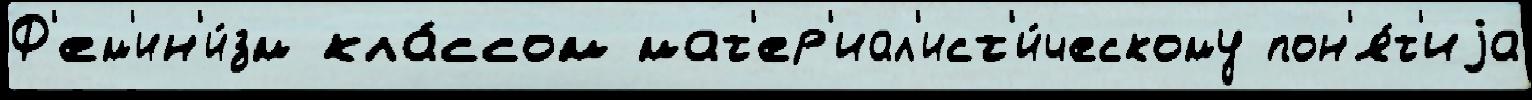
Ф'ем'ин'и́зм кла́ссом мат'ер'иал'ист'и́ческому пон'я́т'иjа